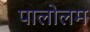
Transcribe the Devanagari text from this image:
पालोलम